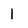
Character: 1